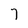
Character: 7